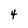
Character: 4